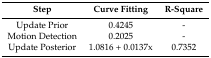
| Step | Curve Fitting | R-Square |
 | --- | --- | --- |
 | Update Prior | 0.4245 | - |
 | Motion Detection | 0.2025 | - |
 | Update Posterior | 1.0816 + 0.0137x | 0.7352 |